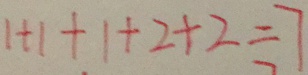
1 + 1 + 1 + 2 + 2 = 7